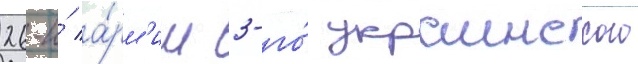
26-и́ а́рм'ии 3-го́ украинского